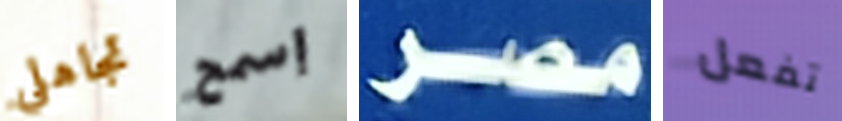
تجاهلي إسمح مصر تفعل